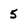
Character: 5